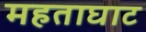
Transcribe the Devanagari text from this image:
महताघाट